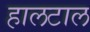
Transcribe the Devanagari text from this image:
हालटाल